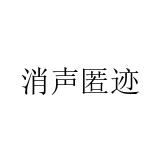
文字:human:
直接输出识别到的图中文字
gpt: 消声匿迹